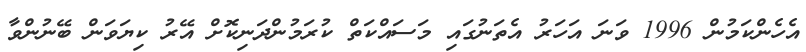
އެހެންކަމުން 1996 ވަނަ އަހަރު އެތަނުގައި މަސައްކަތް ކުރަމުންދަނިކޮށް އޭރު ކިޔަވަން ބޭނުންވާ